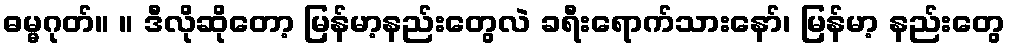
ဓမ္မဂုတ်။ ။ ဒီလိုဆိုတော့ မြန်မာ့နည်းတွေလဲ ခရီးရောက်သားနော်၊ မြန်မာ့ နည်းတွေ